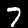
Digit: 7